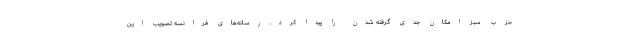
حزب سبز امکان جدی گرفته شدن را پیدا کرد. رسانه‌های فرانسه تصویب این